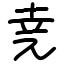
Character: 𫝔